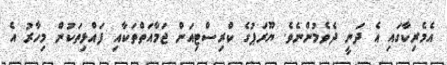
އެމެރިކާގައި އެ ދަނީ ދެވެމުންނެވެ. ޔޫރަޕުގެ ކްރިސްޓިއަން ޖަމާއަތްތަކާއި ފައްޅިތަކުން މިހާރު އެ